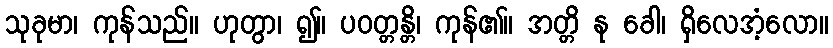
သုခုမာ၊ ကုန်သည်။ ဟုတွာ၊ ၍။ ပဝတ္တန္တိ၊ ကုန်၏။ အတ္တိ နု ခေါ၊ ရှိလေအံ့လော။